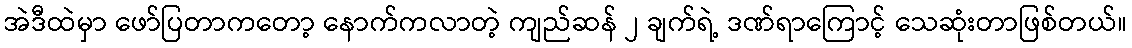
အဲဒီထဲမှာ ဖော်ပြတာကတော့ နောက်ကလာတဲ့ ကျည်ဆန် ၂ ချက်ရဲ့ ဒဏ်ရာကြောင့် သေဆုံးတာဖြစ်တယ်။